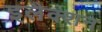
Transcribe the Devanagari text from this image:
इलैक्शन